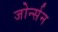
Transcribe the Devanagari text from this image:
जोर्न्सन